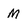
Character: M